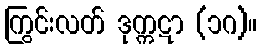
ကြွင်းလတ် ဒုက္ကဋာ (၁ဂ)။